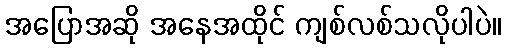
အပြောအဆို အနေအထိုင် ကျစ်လစ်သလိုပါပဲ။